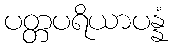
ပတ္တပရိယာပန္နံ